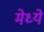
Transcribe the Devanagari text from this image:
मेध्ये